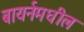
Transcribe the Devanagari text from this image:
बायर्नमधील